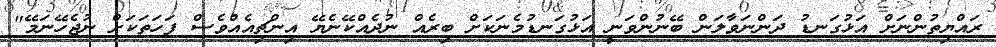
ރައްޔިތުންނަށް އަޅުގަނޑު ދަންނަވާލަން ބޭނުންވަނީ އަޅުގަނޑުމެނަކަށް ބިރެއް ނުދެއްކޭނެޔޭ އިންޗިއެއްވެސް ފަހަތަކަށް ނުޖެހޭނަމޭ"